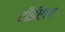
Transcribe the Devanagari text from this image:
टीईएल